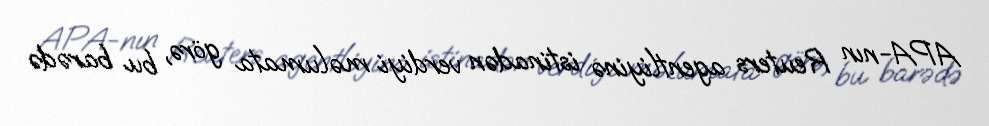
APA-nın Reuters agentliyinə istinadən verdiyi məlumata görə, bu barədə